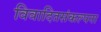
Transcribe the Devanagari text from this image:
विवादितसंकल्पना